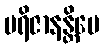
ပရိဇာနန္တိပေ